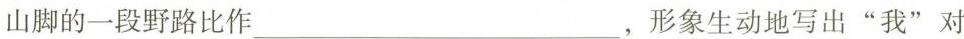
山脚的一段野路比作___，形象生动地写出”我”对